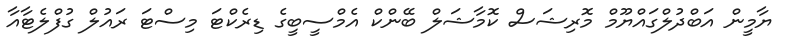
ޔާމީން އަބްދުލްގައްޔޫމް މޮރިޝަސް ކޮމާޝަލް ބޭންކް އެމްސީބީގެ ޑިރެކްޓަ މިސްޓަ ރައުލް ގުފްލެޓާއާ